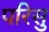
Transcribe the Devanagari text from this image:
परिसु